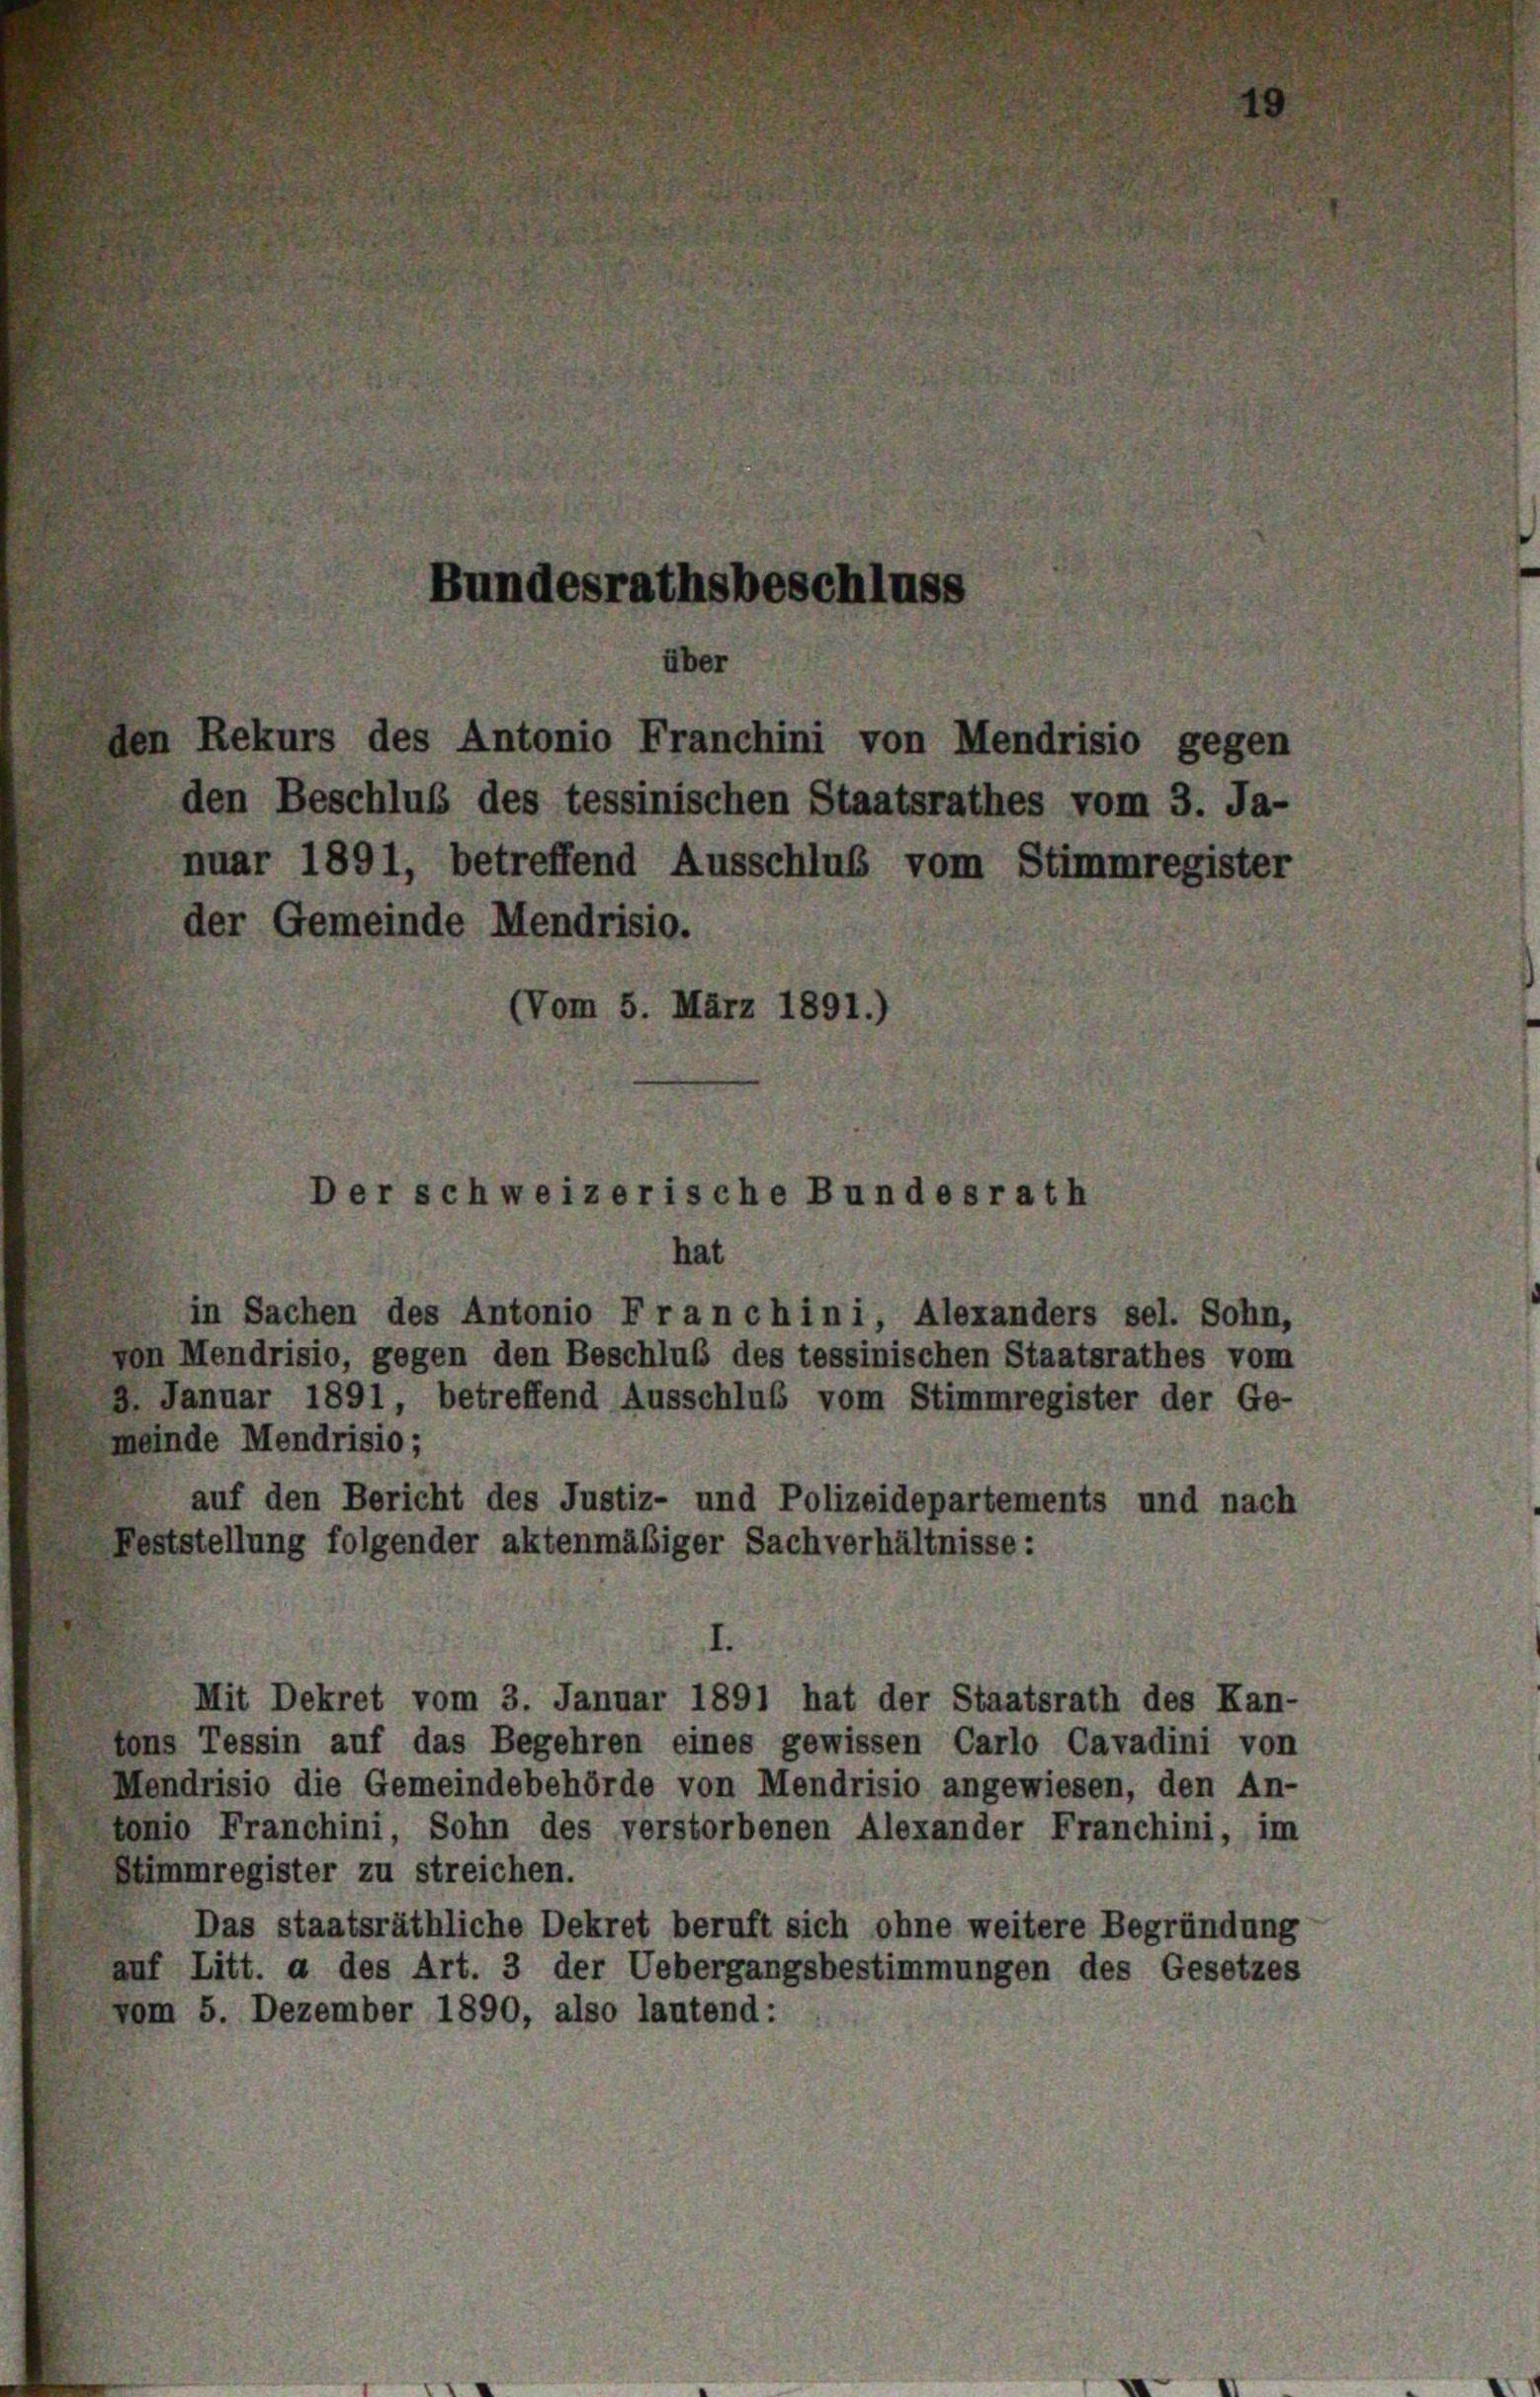
den Beschluß des tessinischen Staatsrathes vom 3. Ja-
nuar 1891, betreffend Ausschluß vom Stimmregister
der Gemeinde Mendrisio.
(Vom 5. März 1891.)

in Sachen des Antonio Franchini, Alexanders sel. Sohn,
von Mendrisio, gegen den Beschluß des tessinischen Staatsrathes vom
2. Januar 1891, betreffend Ausschluß vom Stimmregister der Ge-
meinde Mendrisio;
auf den Bericht des Justiz- und Polizeidepartements und nach
Feststellung folgender aktenmäßiger Sachverhältnisse:
Mit Dekret vom 3. Januar 1891 hat der Staatsrath des Kan-
tons Tessin auf das Begehren eines gewissen Carlo Cavadini von
Mendrisio die Gemeindebehörde von Mendrisio angewiesen, den An-
tonio Franchini, Sohn des verstorbenen Alexander Franchini, im
Stimmregister zu streichen.
Das staatsräthliche Dekret beruft sich ohne weitere Begründung
auf Litt. a des Art. 3 der Uebergangsbestimmungen des Gesetzes
vom 5. Dezember 1890, also lautend:

Bundesrathsbeschluss

über
den Rekurs des Antonio Franchini von Mendrisio gegen

Der schweizerische Bundesrath
hat